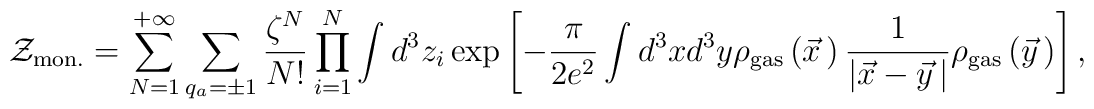
{\cal Z}_{\rm mon.}=\sum\limits_{N=1}^{+\infty}\sum\limits_{q_a=\pm 1}^{}\frac{\zeta^N}{N!}\prod\limits_{i=1}^{N}\int d^3z_i\exp\left[-\frac{\pi}{2e^2}\int d^3xd^3y \rho_{\rm gas}\left(\vec x{\,}\right)\frac{1}{\left|\vec x-\vec y{\,}\right|}\rho_{\rm gas}\left(\vec y{\,}\right)\right],